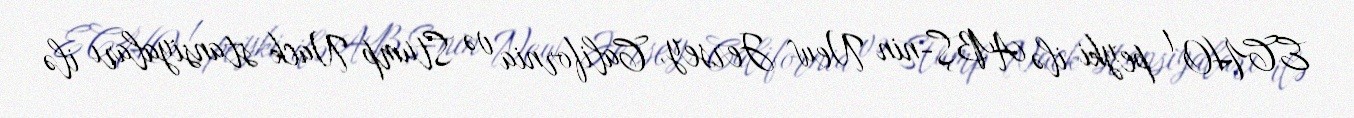
ECHO 1 peyki ilə ABŞ-nin New Jersey, California və Stump Nack stansiyaları ilə